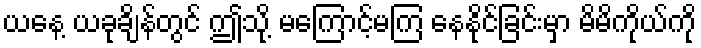
ယနေ့ ယခုချိန်တွင် ဤသို့ မကြောင့်မကြ နေနိုင်ခြင်းမှာ မိမိကိုယ်ကို